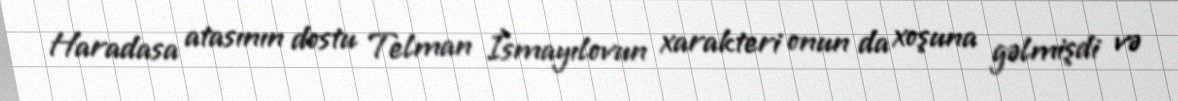
Haradasa atasının dostu Telman İsmayılovun xarakteri onun da xoşuna gəlmişdi və